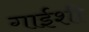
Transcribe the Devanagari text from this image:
गाईशी